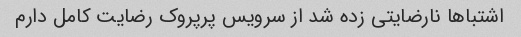
اشتباها نارضایتی زده شد از سرویس پرپروک رضایت کامل دارم